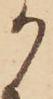
か